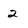
Character: 2